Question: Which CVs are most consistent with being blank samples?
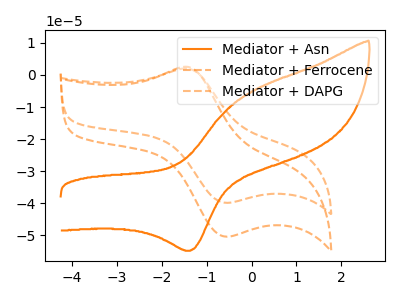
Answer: <think>The orange curve "Mediator + Asn" has an anodic peak at (0.10V, -4.60uA) and a cathodic peak at (-1.35V, -54.80uA). The orange dashed curve "Mediator + Ferrocene" has an anodic peak at (-1.40V, 2.45uA) and a cathodic peak at (-0.55V, -50.40uA). The orange dashed curve "Mediator + DAPG" has an anodic peak at (-1.40V, 1.95uA) and a cathodic peak at (-0.55V, -39.85uA).</think>
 <answer>There are not any CV's on this graph that are likely to be blanks.</answer>
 <eval>none</eval>